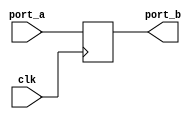
module FLP_NR_INDL (port_a, clk, port_b);
   input port_a, clk;
   output reg port_b = 1'b0;
   always@(posedge clk)
   port_b = port_a;
endmodule